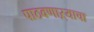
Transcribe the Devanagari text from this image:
पाठवणाऱ्याचा